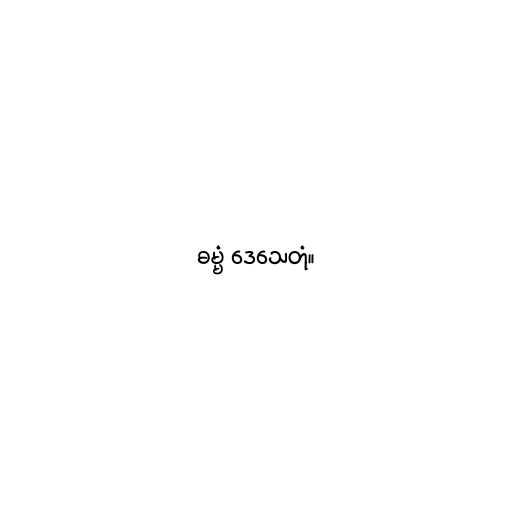
ဓမ္မံ ဒေသေတုံ။